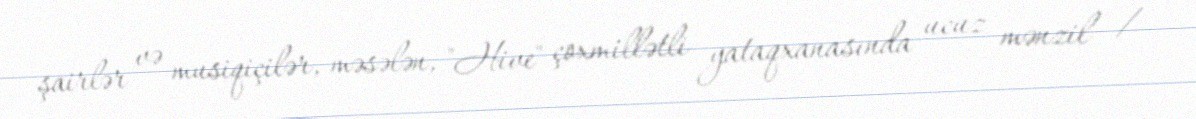
şairlər və musiqiçilər, məsələn, "Hive" çoxmillətli yataqxanasında ucuz mənzil /